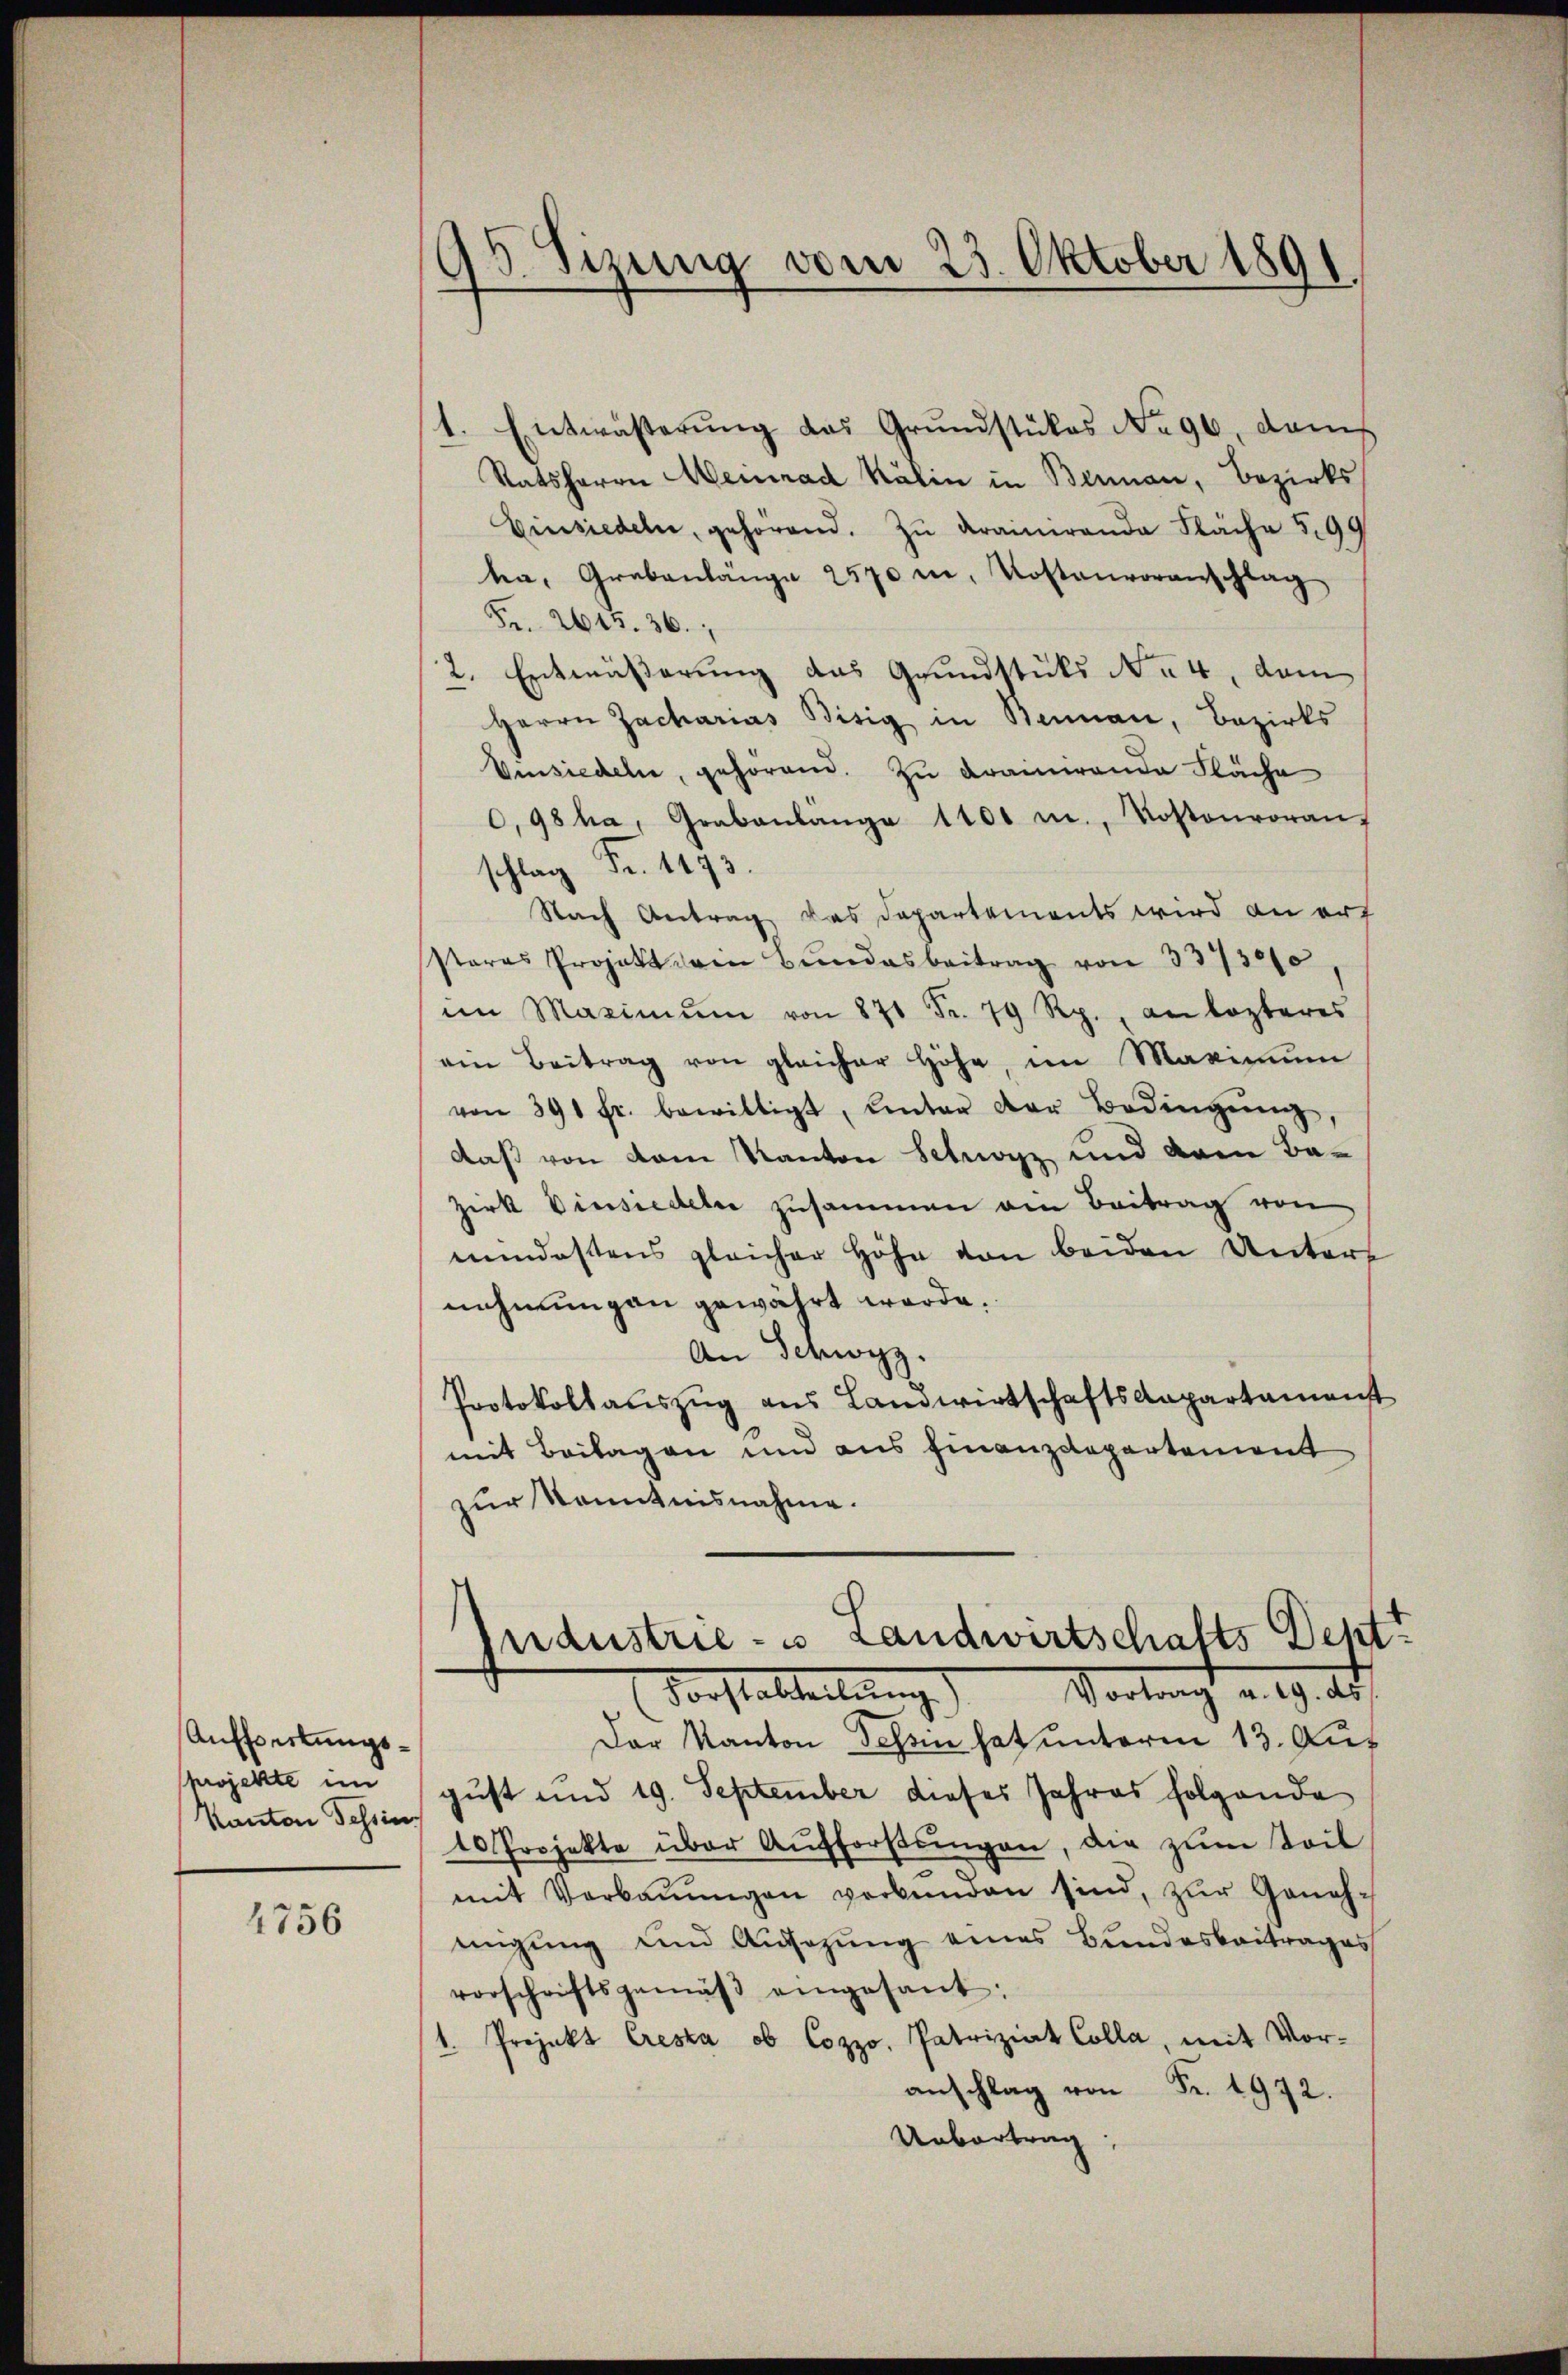
Aufserkungsprojekte im
Kanton Tessin.

4756

95. Sizung vom 23. Oktober 1891

1. Entwästerŭng das Grundstückes No 96, dam
Ratsherrn Menrad Kälin in Bernau, Bezirks
Einsiedeln, gehörend. Zŭ drainande Fläche 599
ta, Grabenlänge 2570 u. Kostenvoranschlag
Fr. 2645. 36.
2. Entwäßerung das Grundstüks No 4, dem
Herrn Zacharias Bisig in Beinau, Bezirks
Vinsiedeln, gehörend. Zu Braunende Fläche
0,98 ha, Grabenlange 1100 m., Kostenvoran,
schlag Fr. 1193
Nach Antrag das Departements wird an erf
stares Projekt dem Bundesbeitrag von 337/300
im Maximŭm von 871 Fr. 79 Rp., an lezteres
am Beitrag von gleicher Höhe, im Maximŭm
von 391 fr. bewilligt, unter der Bedingung
daß von dem Kanton Schwyz und den Bazirk Einsiedeln zusammen am Beitrag von
mindestens gleicher Höhe von beiden Untere
nehmungen gewährt werde.
An Schwyz.
Protokollauszug aus LandwirtschaftsAapartamenst
mit Beilagen und aus Finanzdepartement
zur Kenntnisnahme.
Industrie- u Landwirtschafts Dept
Vorstattellung) Vortrag v. 19. ds.
Der Kanton Schein hat unterm 13. Aus
gust und 19. September dieses Jahres folgende
10 Projekte über Aufforstungen, die zum teil
mit Verbaŭŭngen verbunden sind, zŭr Geneh-
eigung und Ausazung eines Bundesbeitrages
vorschriftsgemäβ eingesant.
1. Projekt Cresta ob Cozzo. Patriziat Colla, mit Vor-
anschlag von Fr. 1972.
Uebertrag